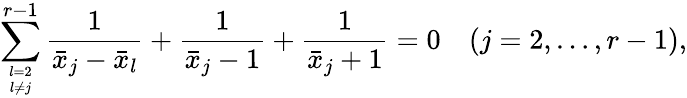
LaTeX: \sum_{l=2\atop l\ne j}^{r-1}{\frac{1}{\bar{x}_{j}-\bar{x}_{l}}}+{\frac{1}{\bar{x}_{j}-1}}+{\frac{1}{\bar{x}_{j}+1}}=0\quad(j=2,\ldots,r-1),